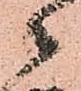
々